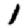
Digit: 1